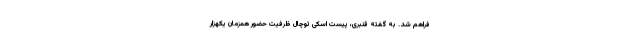
فراهم شد. به گفته قنبری، پیست اسکی توچال ظرفیت حضور همزمان یکهزار